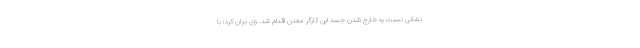
نشانی نسبت به خارج شدن جسد این کارگر معدن اقدام شد. وی بیان کرد: با